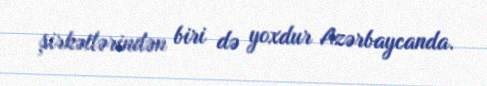
şirkətlərindən biri də yoxdur Azərbaycanda.